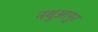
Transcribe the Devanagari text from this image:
नथुआपुर